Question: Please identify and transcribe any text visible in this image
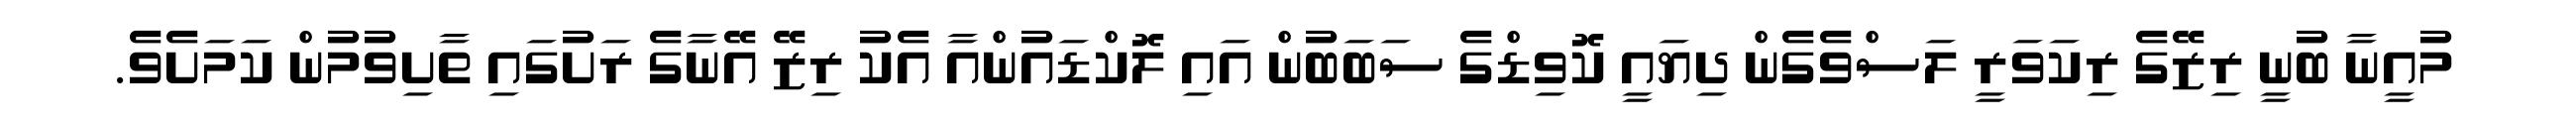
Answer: މުއީނާ ބުނީ ރިޒޭގެ ރިކަވަރީ ލަސްވެގެން ދިޔައީ ކޮވިޑްގެ ސަބަބުން އައި ލޮކްޑައުންއާ އެކު ރިޒޭ އޭނާގެ ރަށުގައި ތާށިވުމުން ކަމަށެވެ.